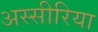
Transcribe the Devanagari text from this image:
अस्सीरिया